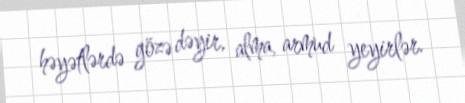
həyətlərdə gözə dəyir, alma, armud yeyirlər.